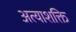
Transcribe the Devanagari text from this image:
अत्याशक्ति